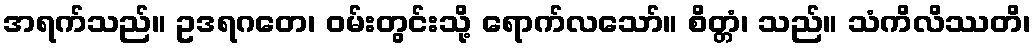
အရက်သည်။ ဥဒရဂတေ၊ ဝမ်းတွင်းသို့ ရောက်လသော်။ စိတ္တံ၊ သည်။ သံကိလိဿတိ၊